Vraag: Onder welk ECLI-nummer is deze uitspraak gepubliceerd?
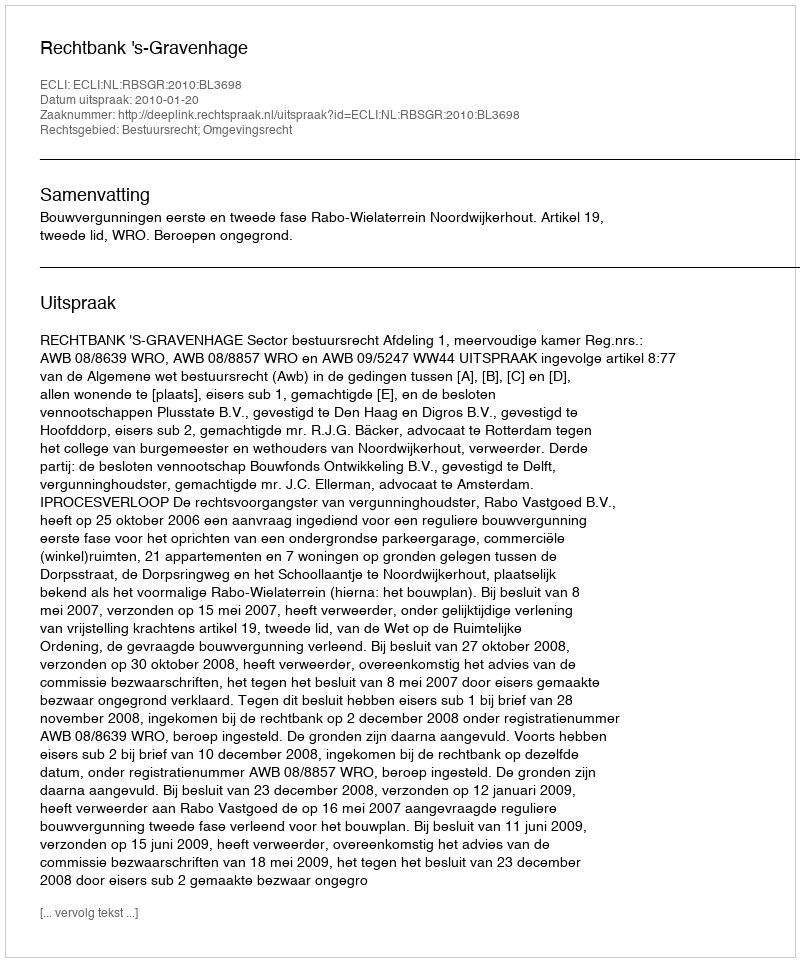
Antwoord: ECLI:NL:RBSGR:2010:BL3698